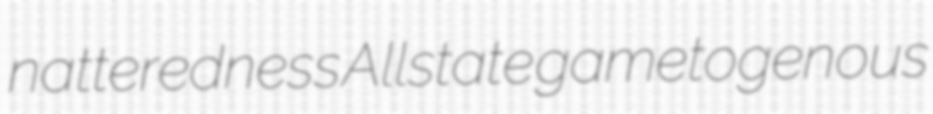
natteredness Allstate gametogenous